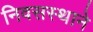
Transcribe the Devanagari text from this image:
निवसस्थाने